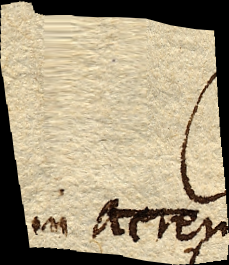
in aerem